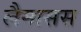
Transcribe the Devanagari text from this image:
लैमासस